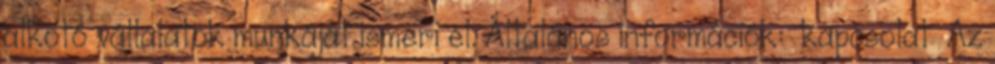
alkotó vállalatok munkáját ismeri el. Általános információk: kapcsolat Az